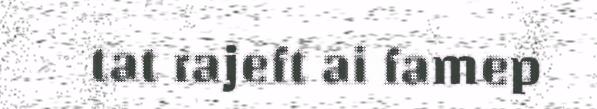
tat rajeft ai famep